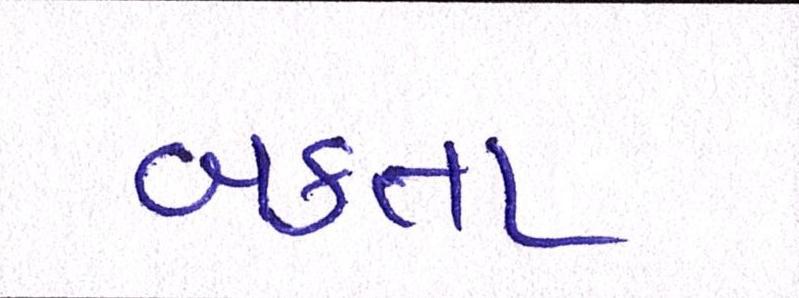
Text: બક્તા